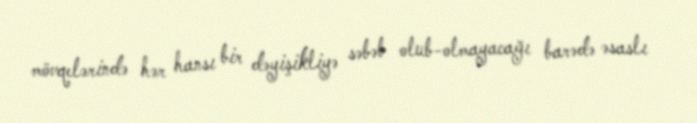
mövqelərində hər hansı bir dəyişikliyə səbəb olub-olmayacağı barədə əsaslı